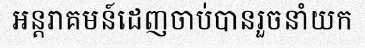
អន្តរាគមន៍ដេញចាប់បានរួចនាំយក